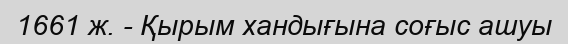
1661 ж. - Қырым хандығына соғыс ашуы